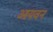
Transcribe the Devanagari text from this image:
आयवन